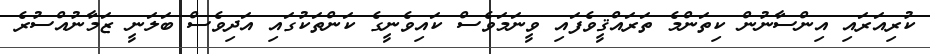
ކުރިއަރައި އިންސާނުން ކިތަންމެ ތަރައްޤީވެފައި ވީނަމަވެސް ކައިވެނީގެ ކަންތަކުގައި އަދިވެސް ބަލަނީ ޒަމާނުއްސުރެ